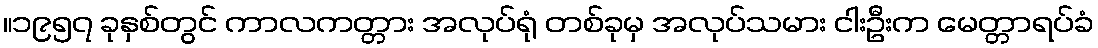
။၁၉၅၇ ခုနှစ်တွင် ကာလကတ္တား အလုပ်ရုံ တစ်ခုမှ အလုပ်သမား ငါးဦးက မေတ္တာရပ်ခံ